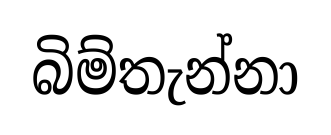
බිම්තැන්නා